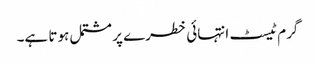
گرم ٹیسٹ انتہائی خطرے پر مشتمل ہوتا ہے۔